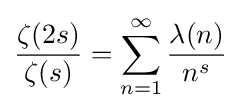
{\frac {\zeta (2s)}{\zeta (s)}}=\sum _{n=1}^{\infty }{\frac {\lambda (n)}{n^{s}}}